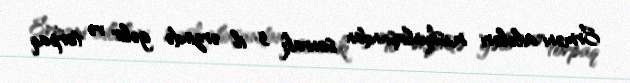
Erməni ailələri məskunlaşandan sonrakı 5 il ərzində gəlir və torpaq